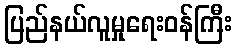
ပြည်နယ်လူမှုရေးဝန်ကြီး